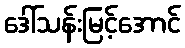
ဒေါ်သန်းမြင့်အောင်